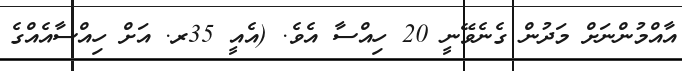
އާއްމުންނަށް މަދުން ގެނެވޭނީ 20 ހިއްސާ އެވެ. (އެއީ 35ރ. އަށް ހިއްސާއެއްގެ